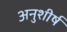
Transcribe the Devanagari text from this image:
अनुशीर्ष